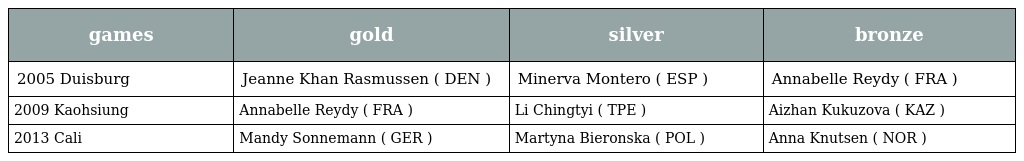
| games | gold | silver | bronze |
 | --- | --- | --- | --- |
 | 2005 Duisburg | Jeanne Khan Rasmussen ( DEN ) | Minerva Montero ( ESP ) | Annabelle Reydy ( FRA ) |
 | 2009 Kaohsiung | Annabelle Reydy ( FRA ) | Li Chingtyi ( TPE ) | Aizhan Kukuzova ( KAZ ) |
 | 2013 Cali | Mandy Sonnemann ( GER ) | Martyna Bieronska ( POL ) | Anna Knutsen ( NOR ) |